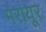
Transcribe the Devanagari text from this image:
मरायूर